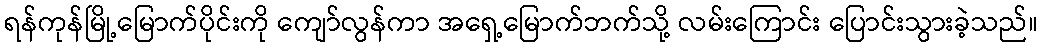
ရန်ကုန်မြို့မြောက်ပိုင်းကို ကျော်လွန်ကာ အရှေ့မြောက်ဘက်သို့ လမ်းကြောင်း ပြောင်းသွားခဲ့သည်။